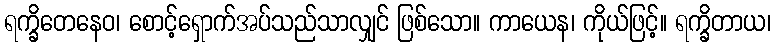
ရက္ခိတေနေဝ၊ စောင့်ရှောက်အပ်သည်သာလျှင် ဖြစ်သော။ ကာယေန၊ ကိုယ်ဖြင့်။ ရက္ခိတာယ၊